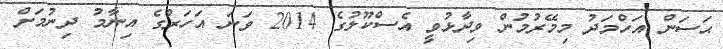
ޙަސަން އަހްމަދު މިމޭރުމުން ވިދާޅުވީ އެސްކޫލުގެ 2014 ވަނަ އަހަރުގެ އިނާމު ދިނުމަށް